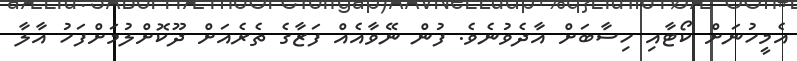
އެމީހުނަށް ކޯޓާއި ހިސާބަށް އާދެވުނެވެ. ފުން ނޭވާއެއް ފަޒާގެ ތެރެއަށް ދޫކޮށްލުމަށްފަހު އާލާ